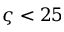
\varsigma < 2 5